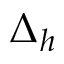
\Delta _ { h }